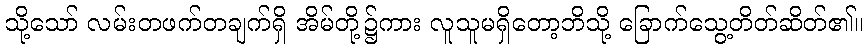
သို့သော် လမ်းတဖက်တချက်ရှိ အိမ်တို့၌ကား လူသူမရှိတော့ဘိသို့ ခြောက်သွေ့တိတ်ဆိတ်၏။